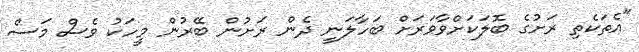
"އެތަކެތި ރަށުގެ ބޮލަކަށްވާވަރަށް ބަހާލަނީ ދެން ރަށުން ބޭރުން މީހަކު ވެސް މަސް